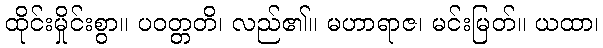
ထိုင်းမှိုင်းစွာ။ ပဝတ္တတိ၊ လည်၏။ မဟာရာဇ၊ မင်းမြတ်။ ယထာ၊